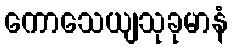
ကောသေယျသုခုမာနံ